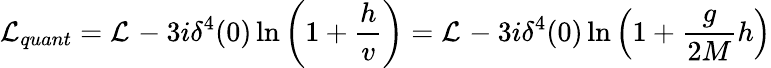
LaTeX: {\cal L}_{quant}={\cal L}_{}-3i\delta^{4}(0)\ln\left(1+\frac{h}{v}\right)={\cal L}_{}-3i\delta^{4}(0)\ln\left(1+\frac{g}{2M}h\right)